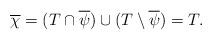
LaTeX: \begin{align*}\overline{\chi} = (T \cap \overline{\psi}) \cup (T \setminus \overline{\psi}) = T.\end{align*}